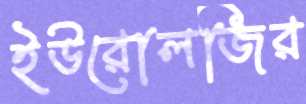
ইউরোলজির